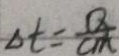
\Delta t = \frac { Q } { c m }